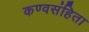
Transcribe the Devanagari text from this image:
कण्वसंहिता